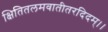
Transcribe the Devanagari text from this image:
क्षितितलमवातीतरदिदम्।।